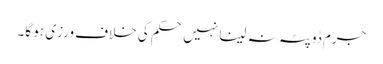
جرم ڈوپٹہ نہ لینا نہیں حکم کی خلاف ورزی ہو گا۔